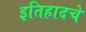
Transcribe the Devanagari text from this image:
इतिहादचे